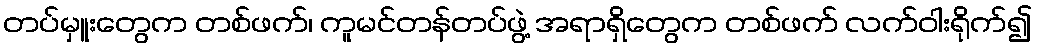
တပ်မှူးတွေက တစ်ဖက်၊ ကူမင်တန်တပ်ဖွဲ့ အရာရှိတွေက တစ်ဖက် လက်ဝါးရိုက်၍